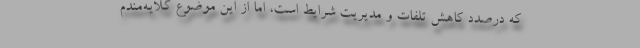
که درصدد کاهش تلفات و مدیریت شرایط است، اما از این موضوع گلایه‌مندم